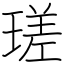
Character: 瑳